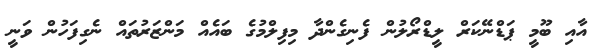
އާއި ބޫމީ ޕަޑްނޭކަރް ލީޑްރޯލުން ފެނިގެންދާ މިފިލްމުގެ ބައެއް މަންޒަރުތައް ނެގިފަހުން ވަނީ